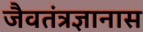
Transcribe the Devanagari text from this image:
जैवतंत्रज्ञानास